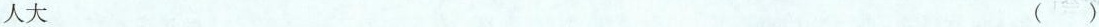
人大 ()